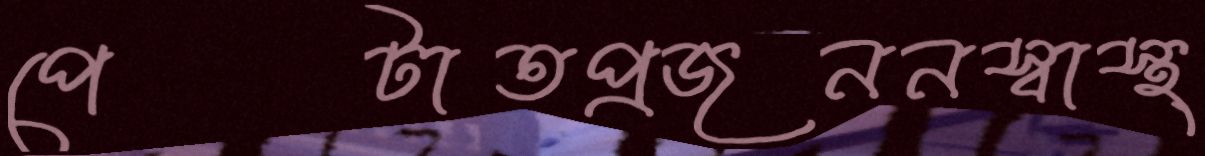
পেটাতপ্রজননস্বাস্থ্